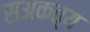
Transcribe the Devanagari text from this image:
सअकत्य